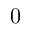
0